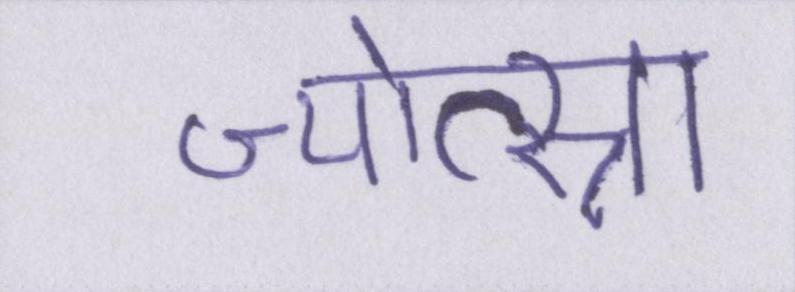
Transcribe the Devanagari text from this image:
ज्योत्स्ना